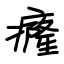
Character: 癃